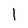
Character: 1